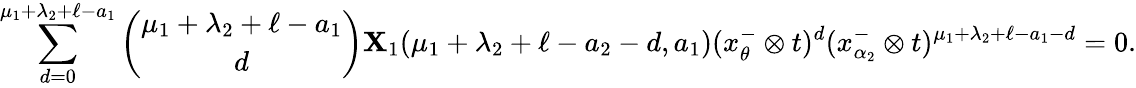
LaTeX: \underset{d=0}{\overset{\mu_{1}+\lambda_{2}+\ell-a_{1}}{\sum}}{\binom{\mu_{1}+\lambda_{2}+\ell-a_{1}}{d}}\mathbf X_{1}(\mu_{1}+\lambda_{2}+\ell-a_{2}-d,a_{1})(x_{\theta}^{-}\otimes t)^{d}(x_{\alpha_{2}}^{-}\otimes t)^{\mu_{1}+\lambda_{2}+\ell-a_{1}-d}=0.